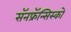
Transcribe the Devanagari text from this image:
सॅनफ्रॅन्सिस्को